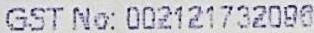
GST NO: 002121732096